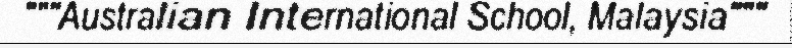
"""Australian International School, Malaysia"""